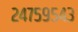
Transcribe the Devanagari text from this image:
२४७५९५४३